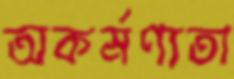
অকর্মণ্যতা